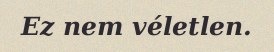
Ez nem véletlen.